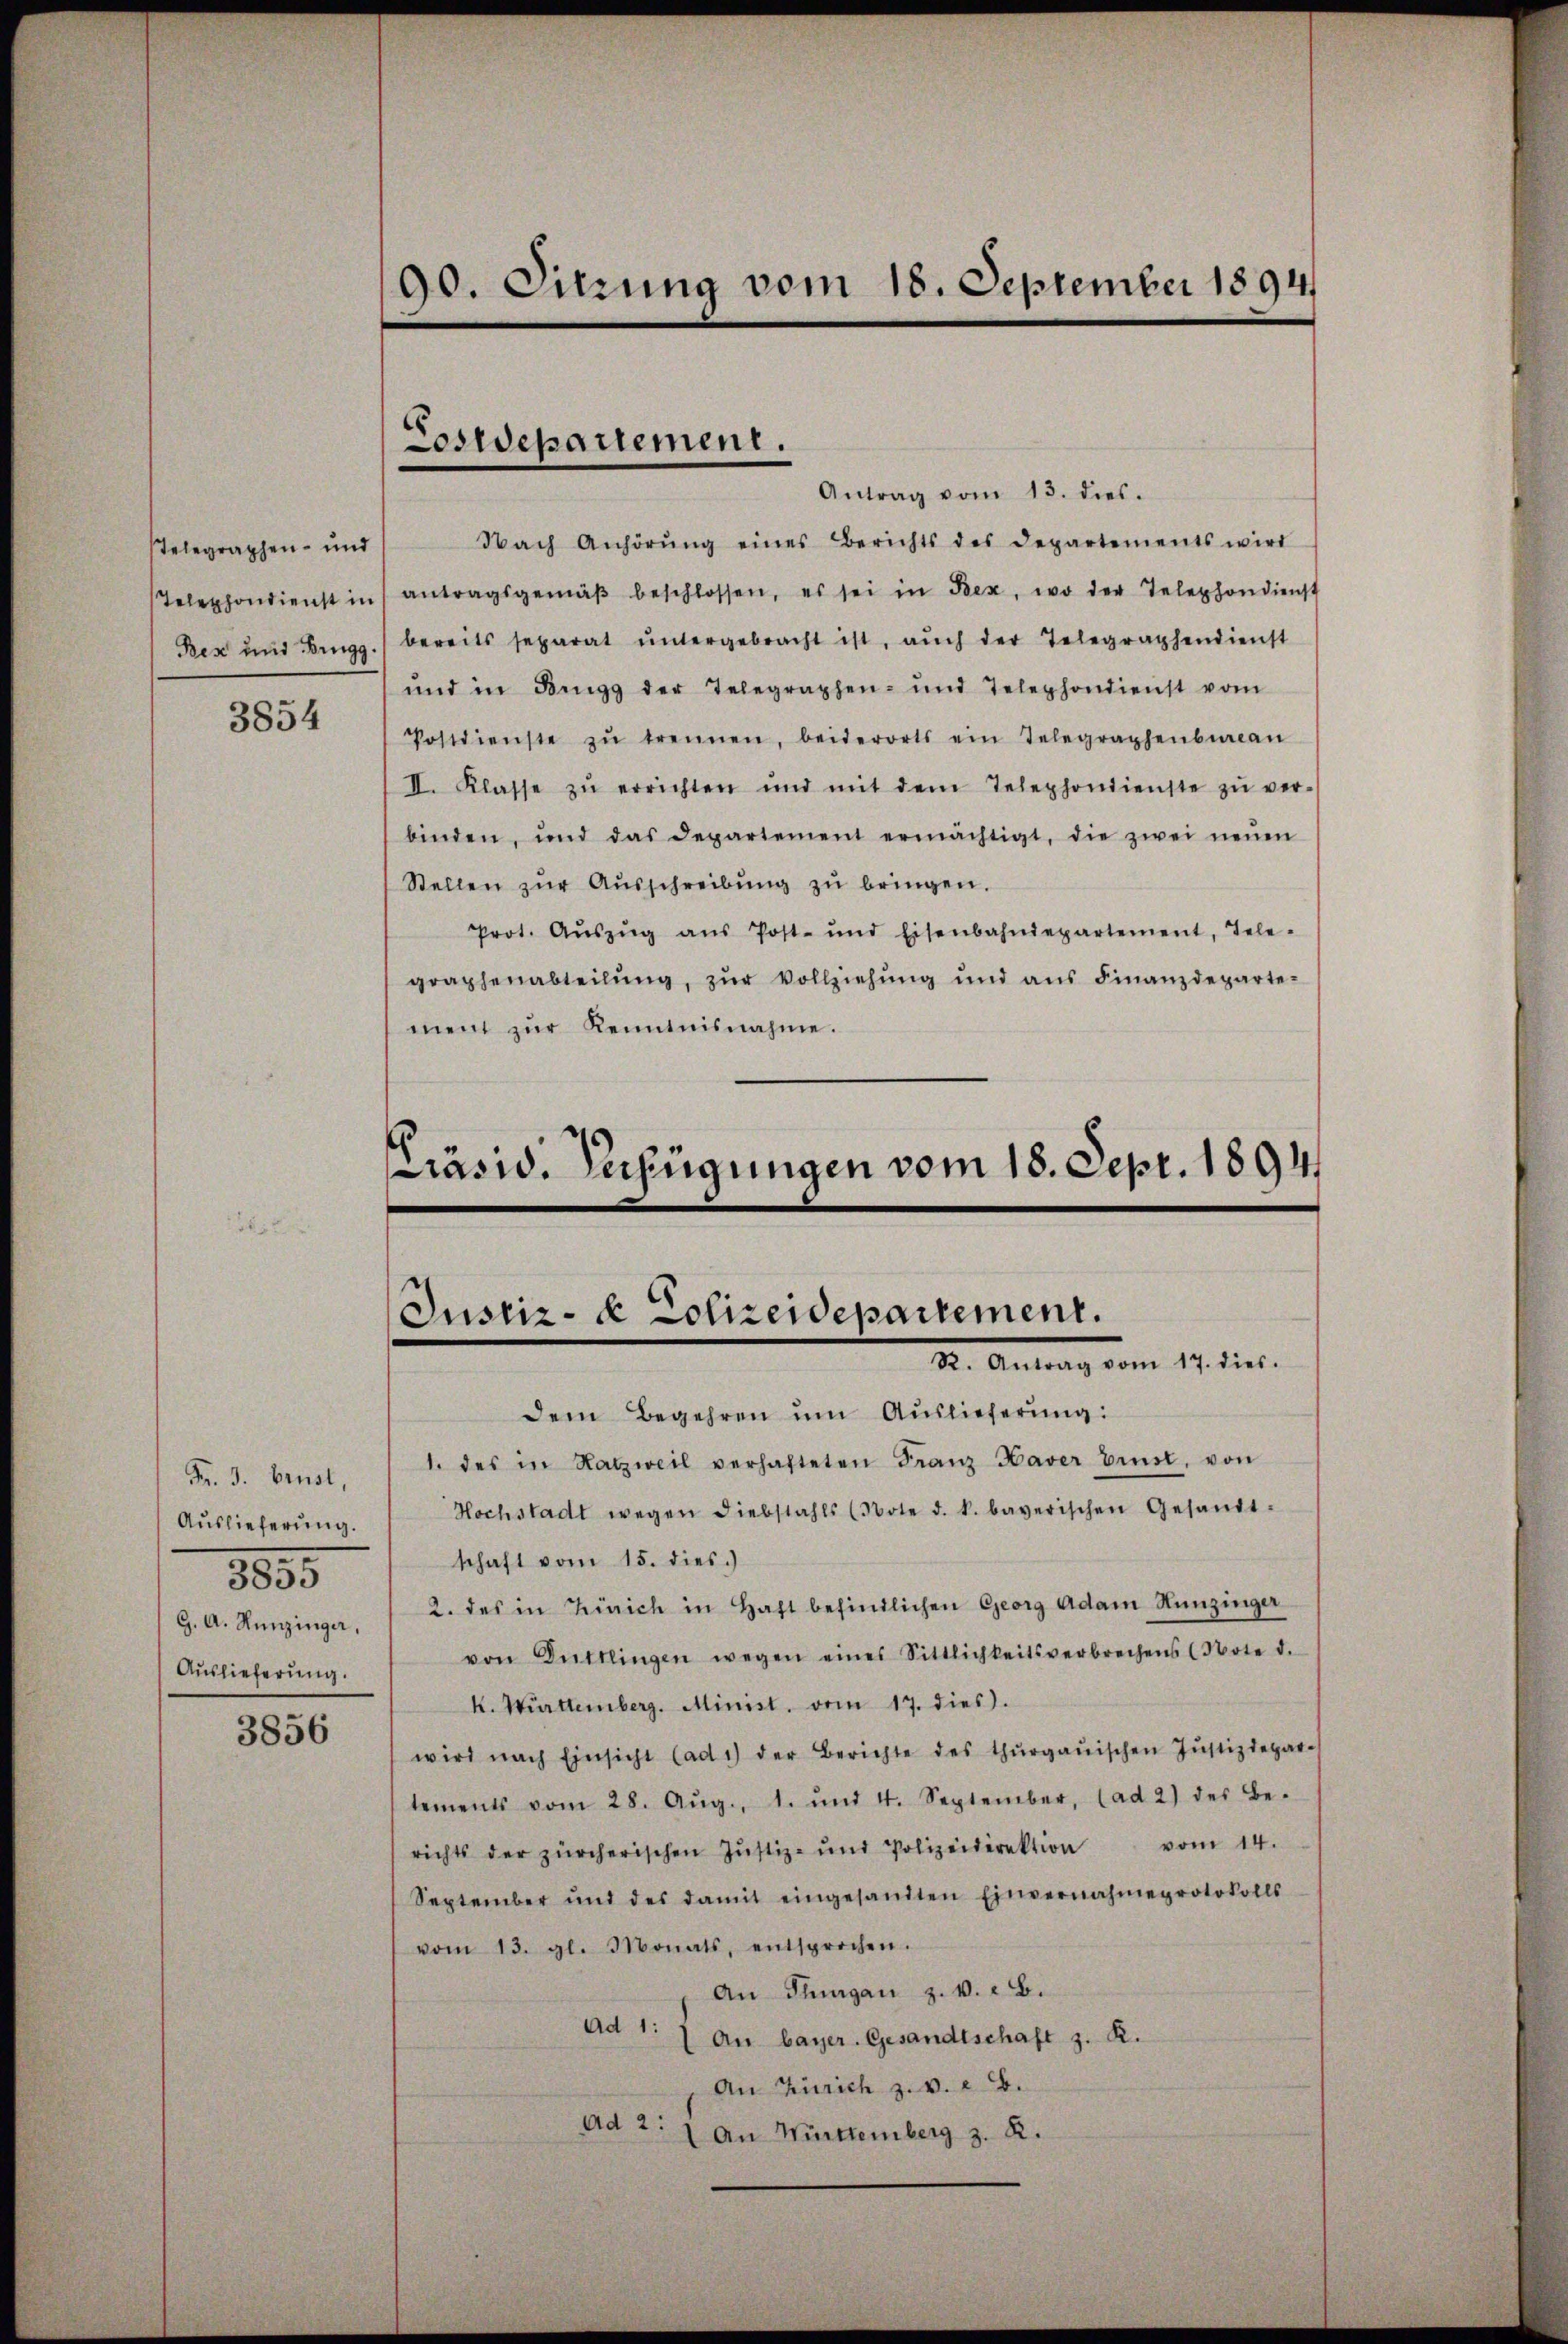
3854

Fr. 3. Brust,
Auslieferung.
3555
G. A. Hunzinger,
Auslieferung.

3856

90. Sitzung vom 18. September 1894.

Cosrepartement.

Antrag vom 13. dies
Selegraphen- und Nach Anhörŭng eines Berichts des Departements wird
Telephondienst in antragsgemäβ beschlossen, es sei in Bex, wo der Telephondienst
Bex und Brugg.) bereits separat untergebracht ist, auch der Telegraphendienst
und in Brugg der Telegraphen- und Telephondienst vom
Postdienste zŭ trennen, beiderorts ein Telegraphenbureau
II. Klasse zŭ errichten und mit dem Telephondienste zŭ ver-
binden, und das Departement ermächtigt, die zwei neŭen
Stellen zŭr Aŭsschreibŭng zŭ bringen.
Prot. Aŭszŭg aŭs Post- und Eisenbahndepartement, Tele-
graphenabteilŭng, zŭr Vollziehŭng und aŭs Finanzdeparte-
ment zŭr Kenntnisnahme.

Präsid. Verfügungen vom 18. Sept. 1894
Justiz- & Polizeidepartement.
Dr. Antrag vom 17. dies

dem Begehren um Auslieferung:
1. des in Ratzweil verhafteten Franz Haver brust, von
Hochstadt wegen Diebstahls (Note d. k. bayerischen Gesandt-
schaft vom 15. dies.)
2. des in Zürich in Haft befindlichen Georg Adam Hunzinger
von Duttlingen wegen eines Sittlichkeitsverbrechens (Note d.
K. Württemberg. Minist. vom 17. dies.
wird nach Einsicht (ad 1) der Berichte des Thŭrgaŭischen Jŭstizdepare
tements vom 28. Aŭg., 1. und 4. September, (ad 2) des Be-
richts der zürcherischen Jŭstiz- und Polizeidirektion vom 14.
September und des damit eingesandten Einvernahmeprotokolls
vom 13. gl. Monats, entsprochen.
An Thurgau z. 1. c. B.
Ad 1:/ an bayer. Gesandtschaft z. R.
An Zürich z. v. a. B.
Ad 2: 1 An Württemberg z. R.